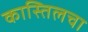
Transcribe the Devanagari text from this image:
कास्तिलचा